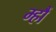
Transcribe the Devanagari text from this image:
म्हौं